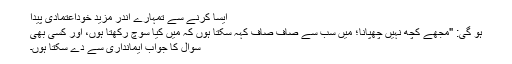
ایسا کرنے سے تمہارے اندر مزید خوداعتمادی پیدا
ہو گی: "مجھے کچھ نہیں چھپانا؛ میں سب سے صاف صاف کہہ سکتا ہوں کہ میں کیا سوچ رکھتا ہوں، اور کسی بھی
سوال کا جواب ایمانداری سے دے سکتا ہوں۔